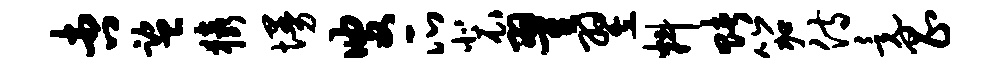
杏监猿墁叟瓜裴翟翌料赌笳侍竟昌